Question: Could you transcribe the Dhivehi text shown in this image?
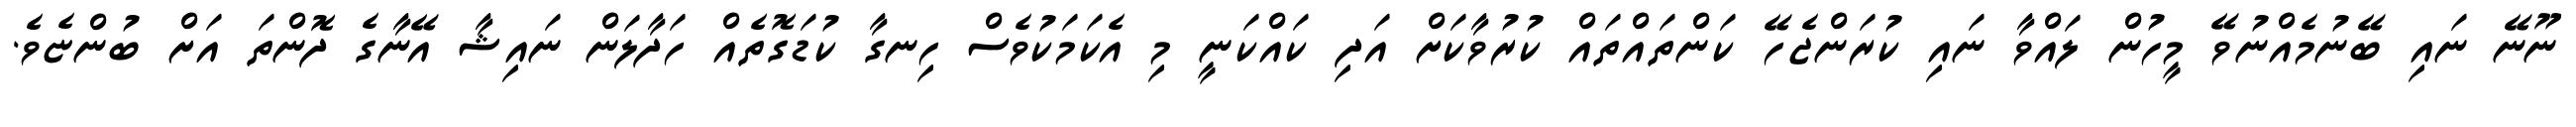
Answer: ނޫނޭ ނައި ބޭނުމެއްނުވޭ މީހުން ލައްވާ ނައި ކުރަންޖެހޭ ކަންތައްތައް ކުރުވާކަށް އަދި ކައްކަނީ މި އެކަމަކުވެސް ހިނގާ ކުޑަގޮތެއް ހަދާލަން ނައިޝާ އޭނާގެ ދޮންތަ އަށް ބުންޏެވެ.